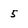
Character: 5